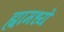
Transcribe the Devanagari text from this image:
ह्यामध्यें